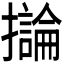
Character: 𫾗